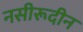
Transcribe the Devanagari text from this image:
नसीरूदीन